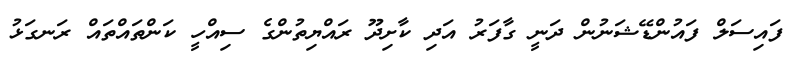
ފައިސަލް ފައުންޑޭޝަނުން ދަނީ ގާފަރު އަދި ކާށިދޫ ރައްޔިތުންގެ ސިއްހީ ކަންތައްތައް ރަނގަޅު